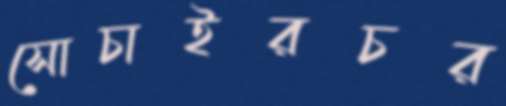
সোচাইরচর